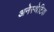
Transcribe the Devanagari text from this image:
अनेस्थेटिक